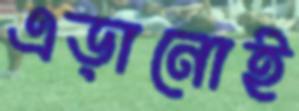
এড়ানোই